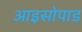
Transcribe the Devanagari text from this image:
आइसोपाड